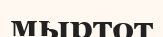
мыртот